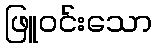
ဖြူဝင်းသော